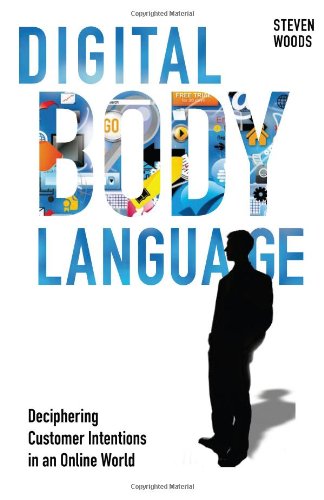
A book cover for Digital Body Language; Steven Woods; Business & Money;